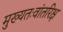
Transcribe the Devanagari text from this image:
मुख्‍यतःवांतरिक्ष